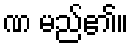
ဏ မည်၏။